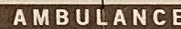
AMBULANE